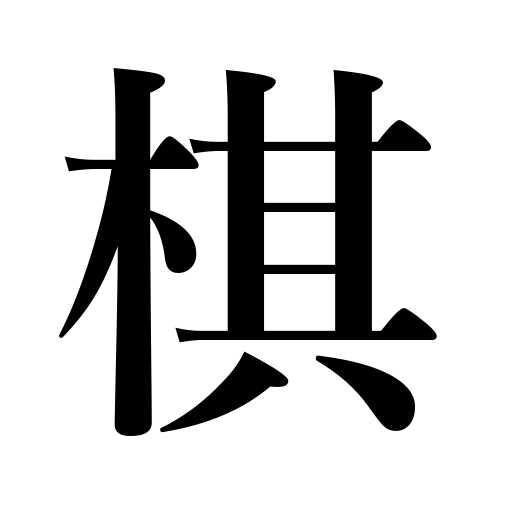
Meanings: Japanese chess